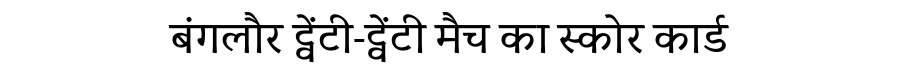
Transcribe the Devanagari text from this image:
बंगलौर ट्वेंटी-ट्वेंटी मैच का स्कोर कार्ड